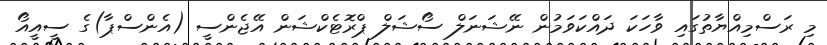
މި ރަސްމިއްޔާތުގައި ވާހަކަ ދައްކަވަމުން ނޭޝަނަލް ސޯޝަލް ޕްރޮޓެކްޝަން އޭޖެންސީ (އެންސްޕާ)ގެ ސީއީއޯ